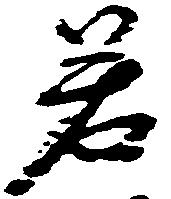
若